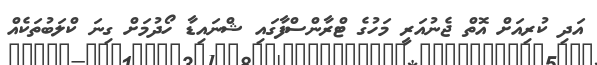
އަދި ކުރިއަށް އޮތް ޖެނުއަރީ މަހުގެ ޓްރާންސްފާގައި ޝްނައިޑާ ހޯދުމަށް ގިނަ ކްލަބުތަކެއް